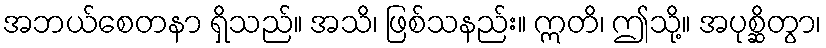
အဘယ်စေတနာ ရှိသည်။ အသိ၊ ဖြစ်သနည်း။ ဣတိ၊ ဤသို့။ အပုစ္ဆိတွာ၊